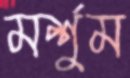
মর্শুম